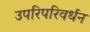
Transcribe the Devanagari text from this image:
उपरिपरिवर्धन